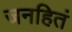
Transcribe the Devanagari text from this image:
जनहितं